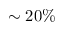
\sim 2 0 \%